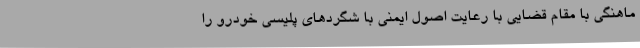
ماهنگی با مقام قضایی با رعایت اصول ایمنی با شگردهای پلیسی خودرو را